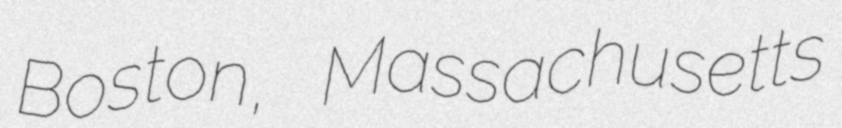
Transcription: Boston, Massachusetts